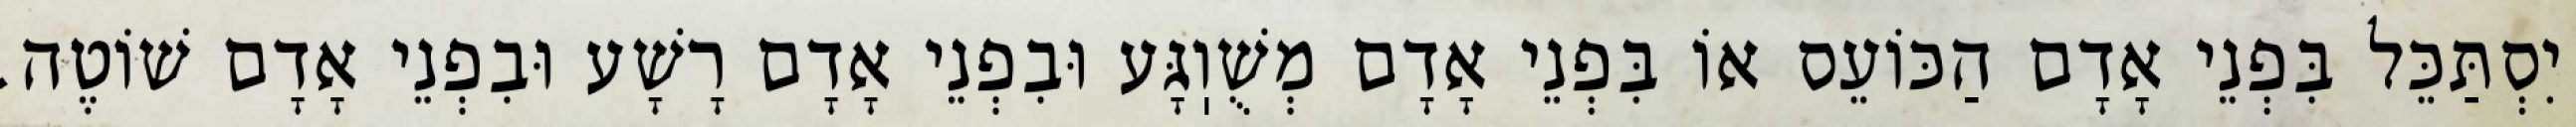
יִסְתַּכֵּל בִּפְנֵי אָדָם הַכּוֹעֵס אוֹ בִּפְנֵי אָדָם מְשֻׁוֽגָּע וּבִפְנֵי אָדָם רָשָׁע וּבִפְנֵי אָדָם שׁוֹטֶה.